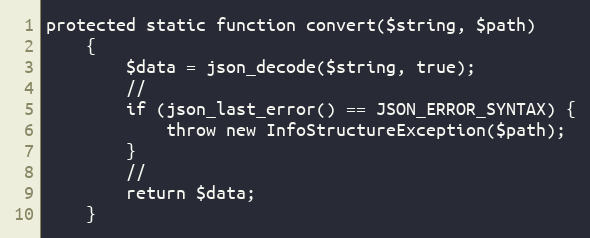
Language: PHP
protected static function convert($string, $path)
    {
        $data = json_decode($string, true);
        //
        if (json_last_error() == JSON_ERROR_SYNTAX) {
            throw new InfoStructureException($path);
        }
        //
        return $data;
    }